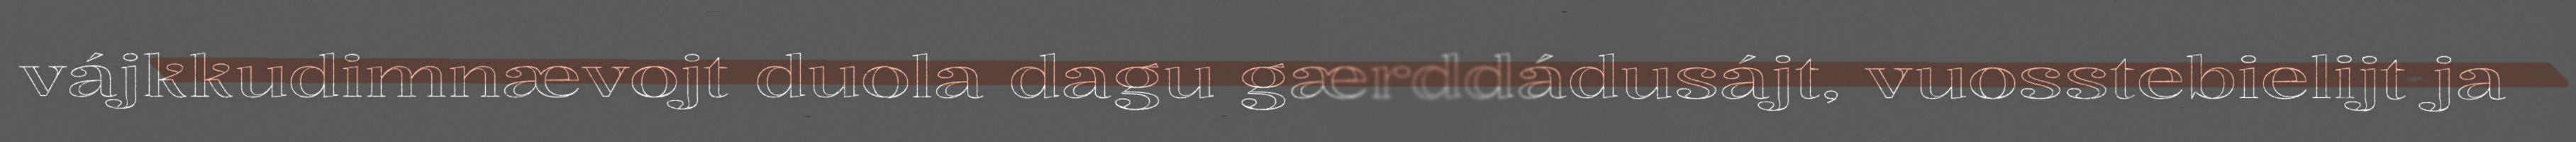
vájkkudimnævojt duola dagu gærddádusájt, vuosstebielijt ja